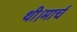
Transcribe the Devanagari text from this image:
थी।मार्च